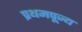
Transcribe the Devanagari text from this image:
प्रथमपूज्य